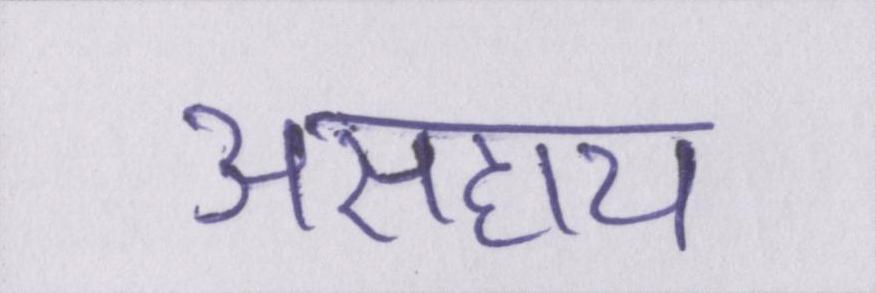
असहाय